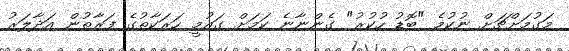
މަގުމަށްޗަށް ނުކުމެ "ބޮޑު ހުކުރު" ގެންނާނެ ކަމަށް ގައުމީ ހަރަކާތުގެ ފަރާތުން އަދާލަރު